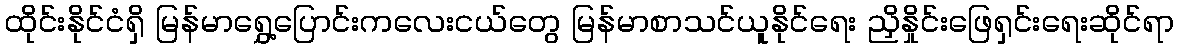
ထိုင်းနိုင်ငံရှိ မြန်မာရွှေ့ပြောင်းကလေးငယ်တွေ မြန်မာစာသင်ယူနိုင်ရေး ညှိနှိုင်းဖြေရှင်းရေးဆိုင်ရာ